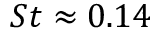
S t \approx 0 . 1 4